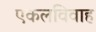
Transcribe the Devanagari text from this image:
एकलविवाह